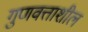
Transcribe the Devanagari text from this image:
गुणवत्ताशील